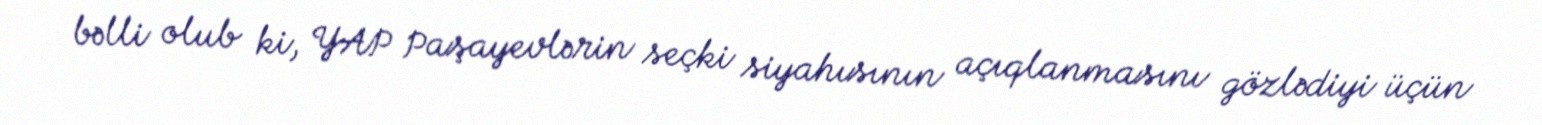
bəlli olub ki, YAP Paşayevlərin seçki siyahısının açıqlanmasını gözlədiyi üçün